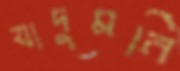
যাদুমনি